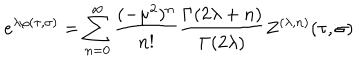
LaTeX: e ^ { \lambda \varphi ( \tau , \sigma ) } = \sum _ { n = 0 } ^ { \infty } \frac { ( - \mu ^ { 2 } ) ^ { n } } { n ! } \frac { \Gamma ( 2 \lambda + n ) } { \Gamma ( 2 \lambda ) } Z ^ { ( \lambda , n ) } ( \tau , \sigma )